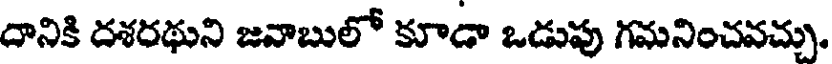
దానికి దశరథుని జవాబులో కూడా ఒడుపు గమనించవచ్చు,